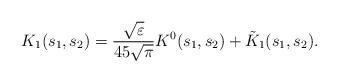
LaTeX: \begin{align*} K_1(s_1,s_2) = \frac{\sqrt{\varepsilon}}{45\sqrt{\pi}} K^0(s_1,s_2) + \tilde{K}_1(s_1,s_2).\end{align*}